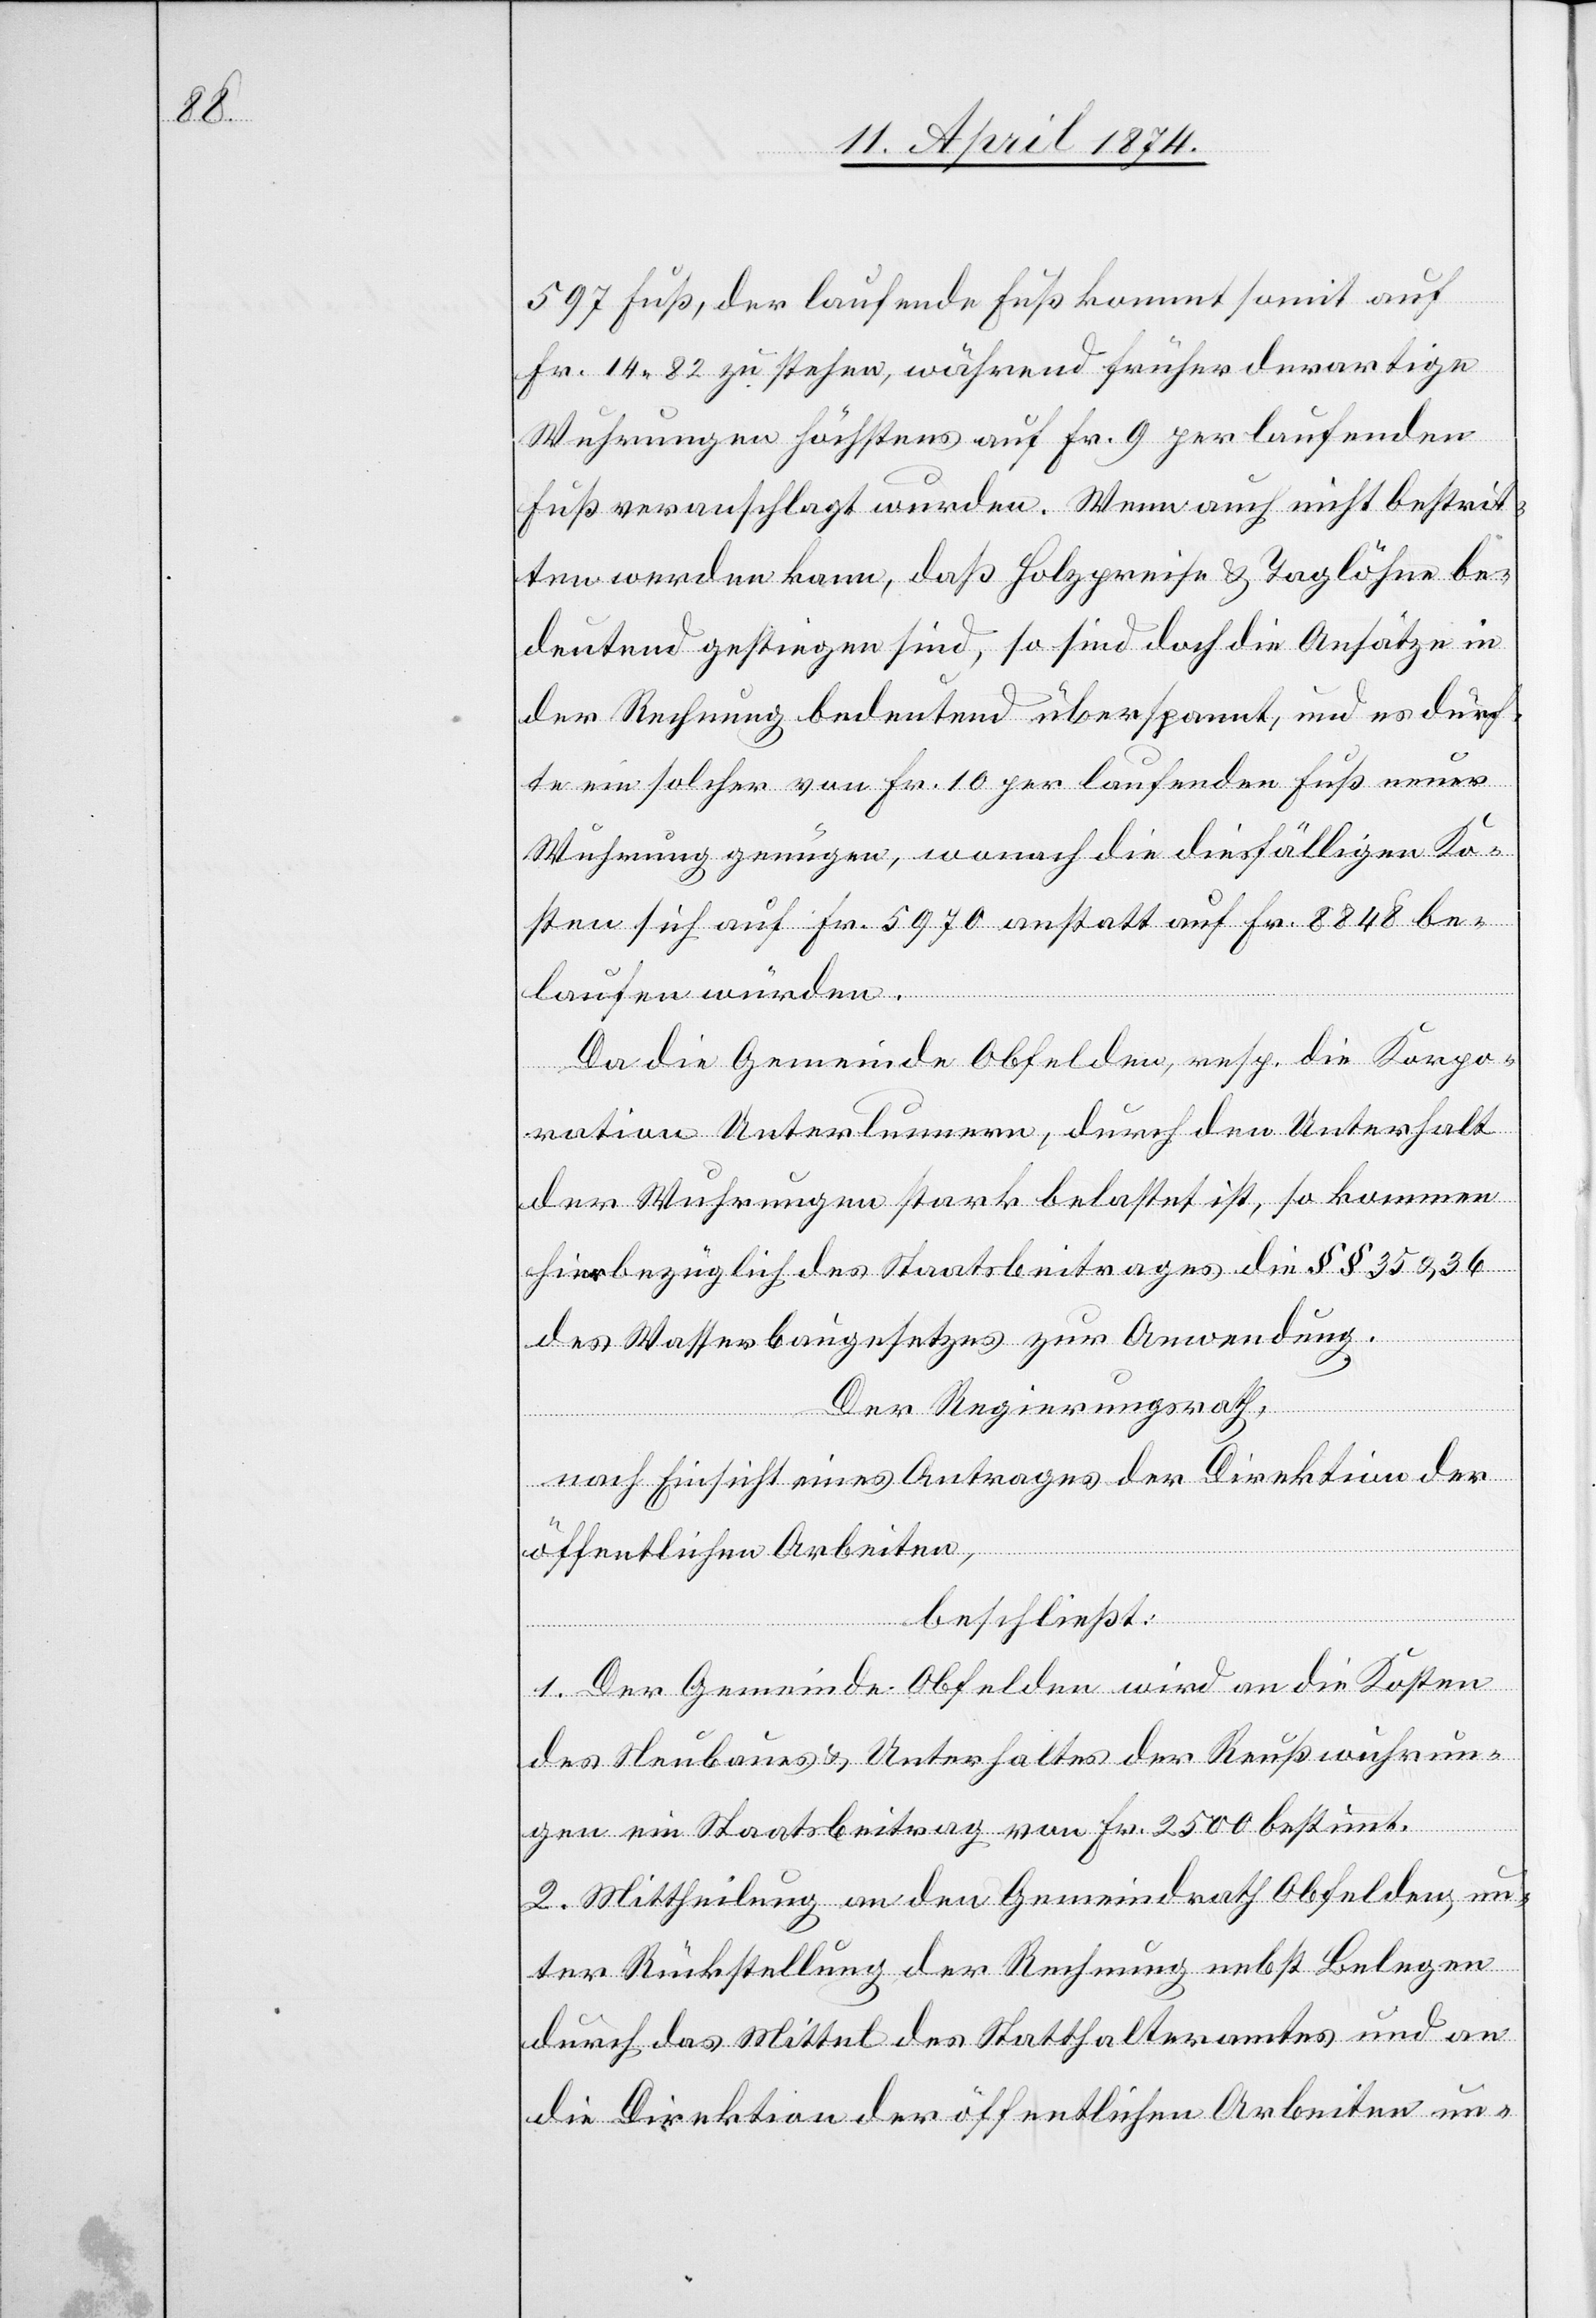
597 Fuß, der laufende Fuß kommt somit auf
Fr. 14.82 zu stehen, während früher derartige
Wuhrungen höchstens auf Fr. 9 per laufenden
Fuß veranschlagt wurden. Wenn auch nicht bestrit¬
ten werden kann, daß Holzpreise u. Taglöhne be¬
deutend gestiegen sind, so sind doch die Ansätze in
der Rechnung bedeutend überspannt und es dürf¬
te ein solcher von Fr. 10 per laufenden Fuß neuer
Wuhrung genügen, wonach die diesfälligen Ko¬
sten sich auf Fr. 5970 anstatt auf Fr. 8848 be¬
laufen würden.
Da die Gemeinde Obfelden, resp. die Korpo¬
ration Unterlunnern, durch den Unterhalt
der Wuhrungen stark belastet ist, so kommen
hierbezüglich des Staatsbeitrages die §§ 35 u. 26
des Wasserbaugesetzes zur Anwendung.
Der Regierungsrath,
nach Einsicht eines Antrages der Direktion der
öffentlichen Arbeiten,
beschließt:
1. Der Gemeinde Obfelden wird an die Kosten
des Neubaues u. Unterhaltes der Reußwuhrun¬
gen ein Staatsbeitrag von Fr. 2500 bestimmt.
2. Mittheilung an den Gemeindrath Obfelden, un¬
ter Rückstellung der Rechnung nebst Belegen
durch das Mittel des Statthalteramtes und an
die Direktion der öffentlichen Arbeiten un-